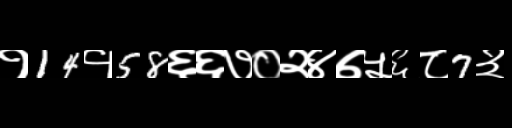
Text: १14१58६६७०२४७५६८7३